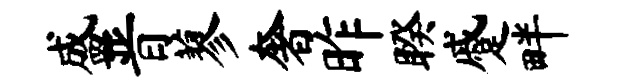
盛晋蓼奢昨睽蹙畔